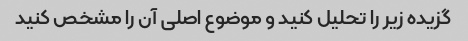
گزیده زیر را تحلیل کنید و موضوع اصلی آن را مشخص کنید